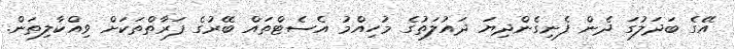
އޭގެ ބަދަލުގަ ދެން ފެނިގެންދިޔަ ދައުލަތުގެ މުހިއްމު އެސެޓްތައް ބޭރުގެ ފަރާތްތަކަށް ވިއްކާލިތަން.